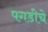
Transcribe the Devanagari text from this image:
पगडीचे